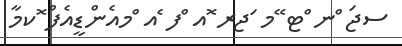
ސޖަ ްނ ްޓ ޭމ ަޖރ ޮއ ްފ ެއ ްމއެންޑީއެފް ޮކމާ